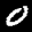
Label: 0